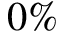
0 \%